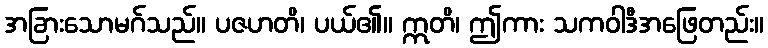
အခြားသောမဂ်သည်။ ပဇဟတိ၊ ပယ်၏။ ဣတိ၊ ဤကား သကဝါဒီအဖြေတည်း။